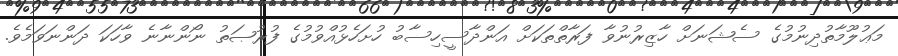
މަޢުލޫމާތުދިނުމުގެ ސެޝަނަށް ހާޒިރުނުވާ ފަރާތްތަކަށް އަންދާސީހިސާބު ހުށަހެޅުއްވުމުގެ ފުރުޞަތު ނޯންނާނެ ވާހަކަ ދަންނަވަމެވެ.